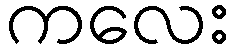
ကလေး